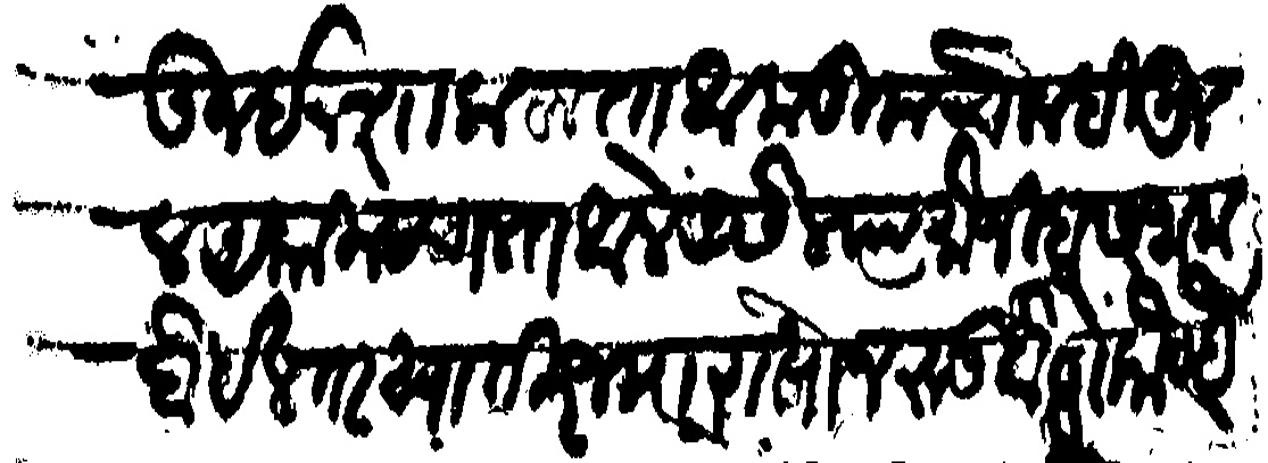
Transliteration (Devanagari): होऊन इनशाला हुताला तुमचे कदीमुल अयाम चालत आले असेल त्या बमोजीब सरंजाम होईल तर खातीरजमा राखोन रुजू होणे कोण्हे